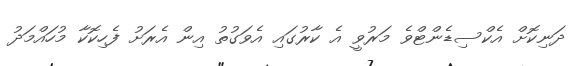
ދަނިކޮށް އެކްސިޑެންޓްވެ މަރުވީ އެ ކާރުގައި އެވަގުތު އިން އެރަށު ފެހިކޮކާ މުހައްމަދު